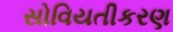
સોવિયતીકરણ